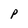
Character: P